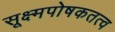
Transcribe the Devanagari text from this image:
सूक्ष्मपोषकतत्व